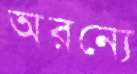
অরন্যে